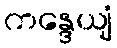
ကန္ဒေယျံ